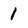
Character: 1